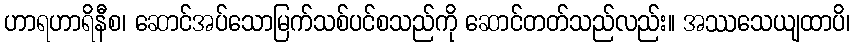
ဟာရဟာရိနီစ၊ ဆောင်အပ်သောမြက်သစ်ပင်စသည်ကို ဆောင်တတ်သည်လည်း။ အဿသေယျထာပိ၊